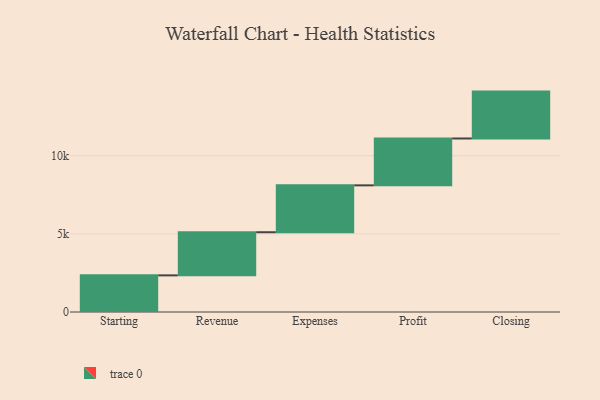
{"axis": {"x": "Step", "y": "Value"}, "legend": [""], "data": [{"x": "Starting", "y": 2344.0, "type": ""}, {"x": "Revenue", "y": 2761.0, "type": ""}, {"x": "Expenses", "y": 3000, "type": ""}, {"x": "Profit", "y": 3000, "type": ""}, {"x": "Closing", "y": 3000, "type": ""}]}